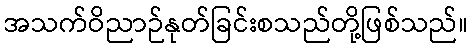
အသက်ဝိညာဉ်နုတ်ခြင်းစသည်တို့ဖြစ်သည်။